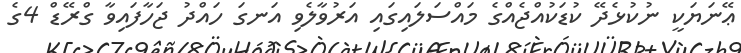
ޢޭނަޔަކީ ނުކުޅެދޭ ކުޑަކުއްޖެއްގެ މައްސަލައިގައި އަރުވާލެވި އަނގަ ހައްދު ޖަހާފައިވާ ގްރޭޑް 4ގެ